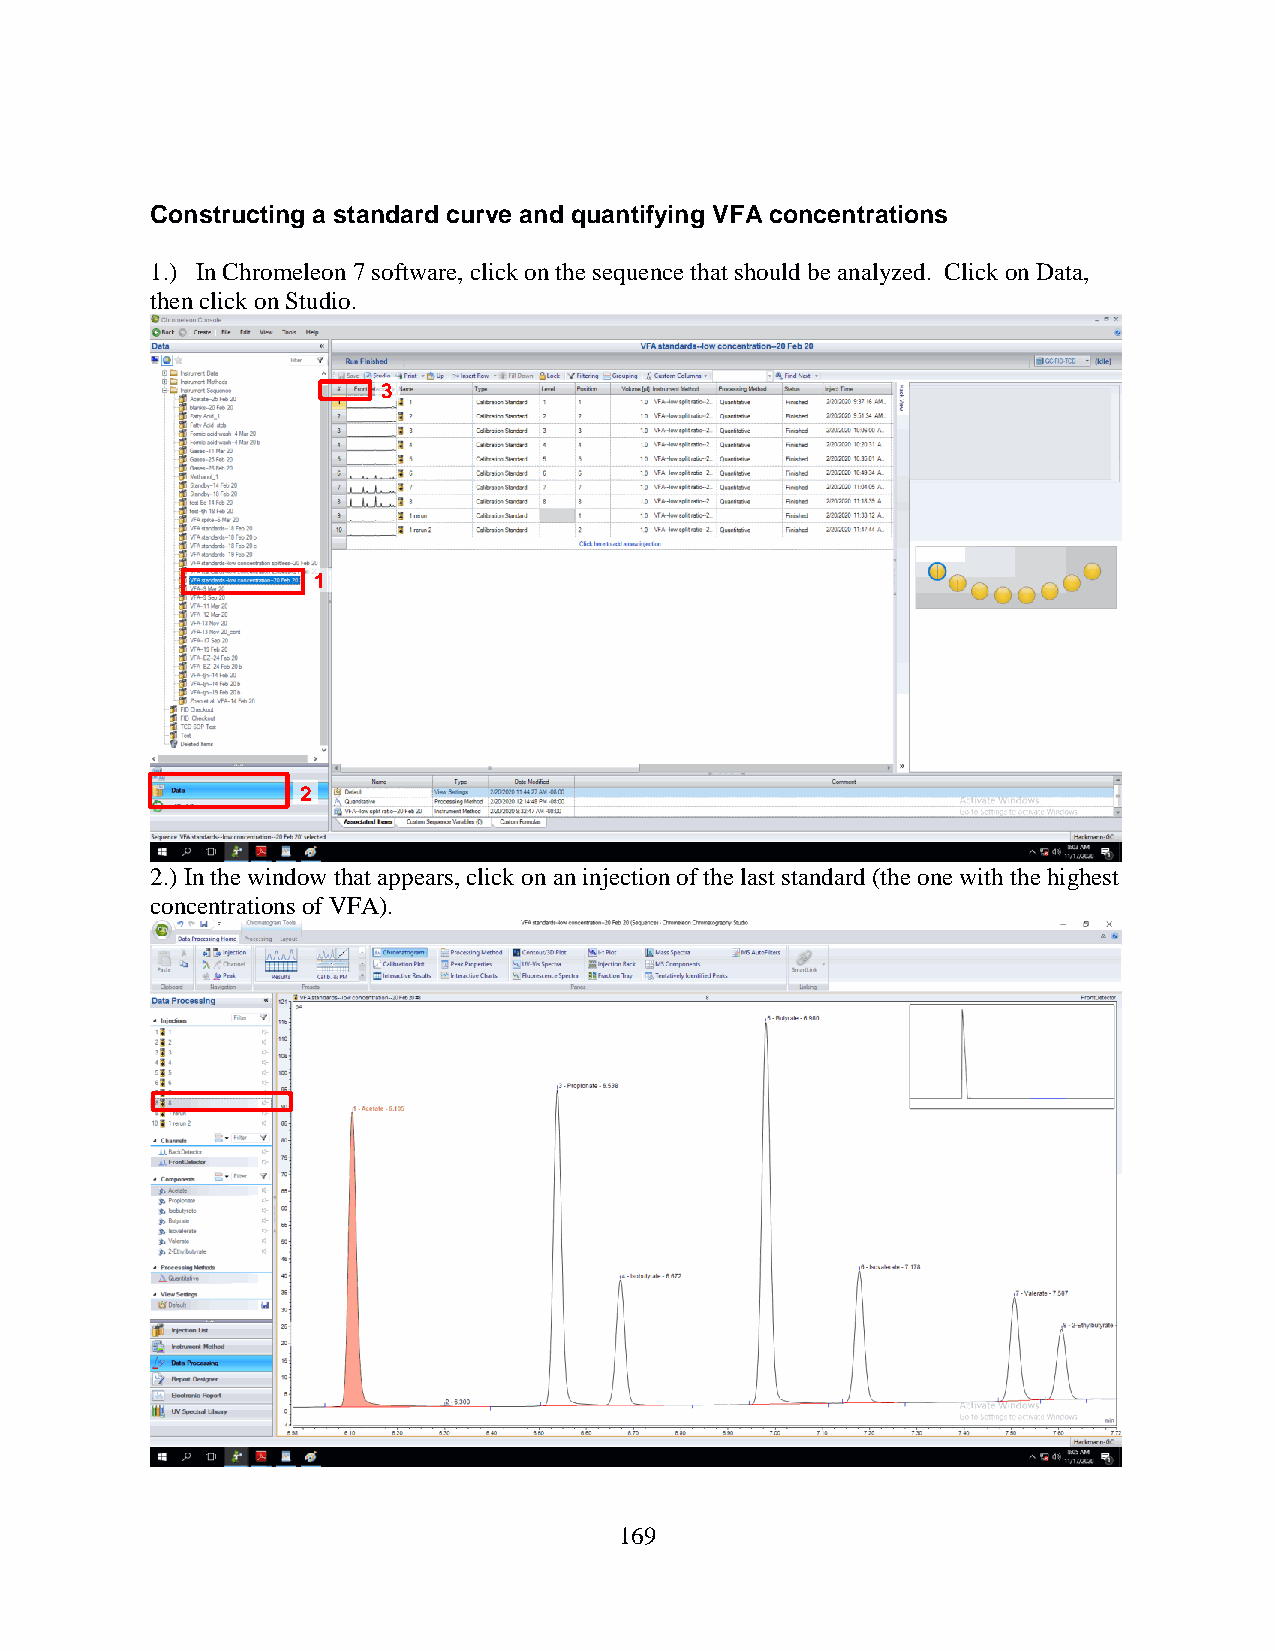
Constructing a standard curve and quantifying VFA concentrations
 1.) In Chromeleon 7 software, click on the sequence that should be analyzed. Click on Data,
 then click on Studio.
 3
 1
 2
 2.) In the window that appears, click on an injection of the last standard (the one with the highest
 concentrations of VFA).
 169